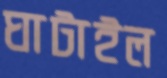
ঘাটাইল